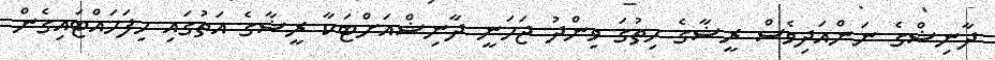
ދާނިޝްގެ ނަންއަދިވެސް ރީޝާގެ ހިތުގަ ވިންދު ޖަހަނީ ދާނިޝްއަށްޓަކާ ރީޝާގެ އަތުގައި ހިފަަހައްޓައިގެން